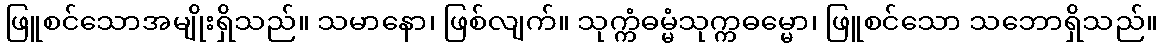
ဖြူစင်သောအမျိုးရှိသည်။ သမာနော၊ ဖြစ်လျက်။ သုက္ကံဓမ္မံသုက္ကဓမ္မော၊ ဖြူစင်သော သဘောရှိသည်။